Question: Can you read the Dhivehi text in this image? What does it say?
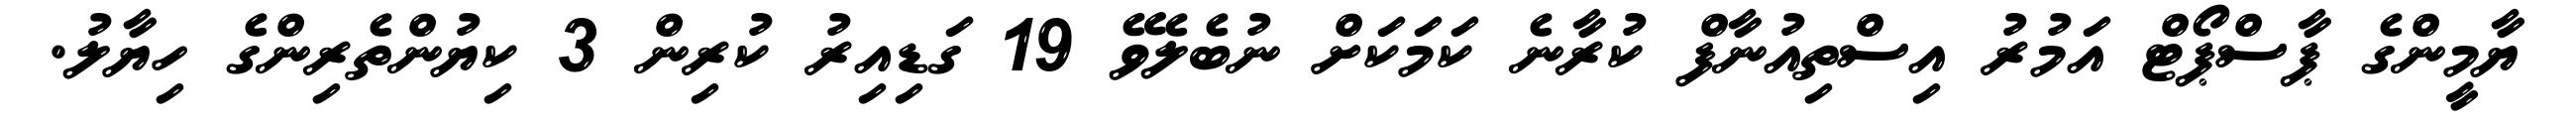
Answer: ޔާމީންގެ ޕާސްޕޯޓް އަމުރު އިސްތިއުނާފް ކުރާނެ ކަމަކަށް ނުބެލެވޭ 19 ގަޑިއިރު ކުރިން 3 ކިޔުންތެރިންގެ ހިޔާލު.